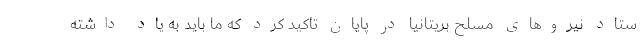
ستاد نیروهای مسلح بریتانیا در پایان تاکید کرد که ما باید به یاد داشته